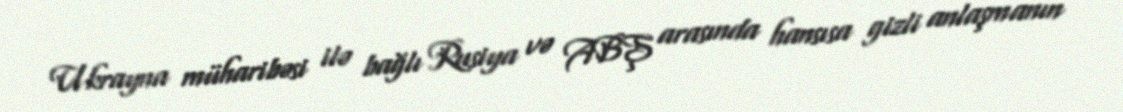
Ukrayna müharibəsi ilə bağlı Rusiya və ABŞ arasında hansısa gizli anlaşmanın